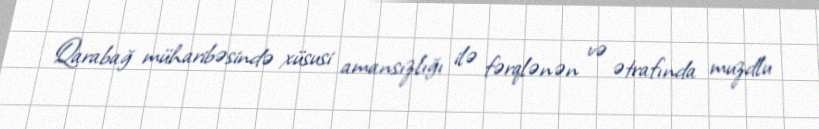
Qarabağ müharibəsində xüsusi amansızlığı ilə fərqlənən və ətrafında muzdlu